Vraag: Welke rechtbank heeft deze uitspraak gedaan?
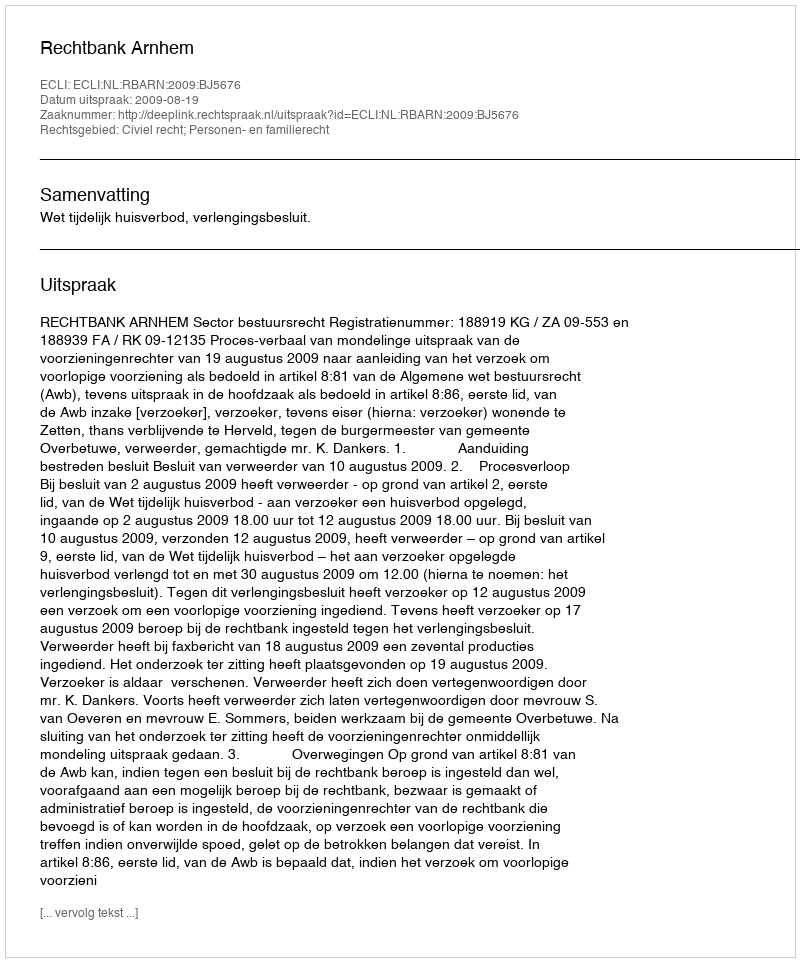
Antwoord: Rechtbank Arnhem